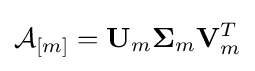
{\mathcal {A}}_{[m]}={\bf {U}}_{m}{\bf {\Sigma }}_{m}{\bf {V}}_{m}^{T}